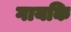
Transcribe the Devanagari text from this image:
गायकि